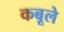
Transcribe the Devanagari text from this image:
कबूले